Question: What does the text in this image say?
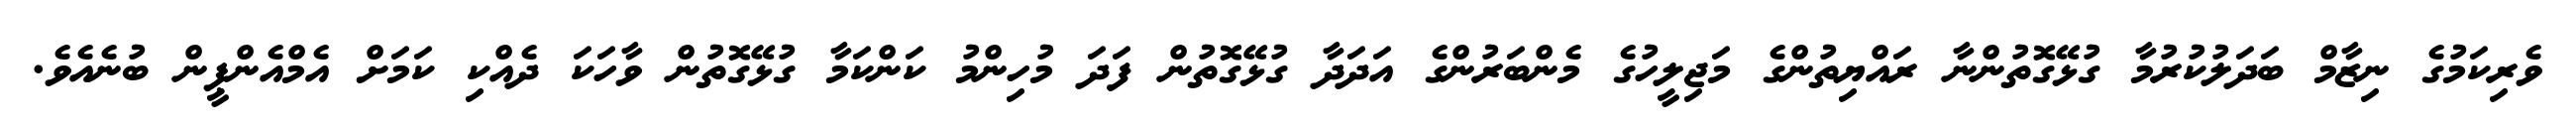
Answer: ވެރިކަމުގެ ނިޒާމް ބަދަލުކުރުމާ ގުޅޭގޮތުންނާ ރައްޔިތުންގެ މަޖިލީހުގެ މެންބަރުންގެ އަދަދާ ގުޅޭގޮތުން ފަދަ މުހިންމު ކަންކަމާ ގުޅޭގޮތުން ވާހަކަ ދެއްކި ކަމަށް އެމްއެންޕީން ބުނެއެވެ.